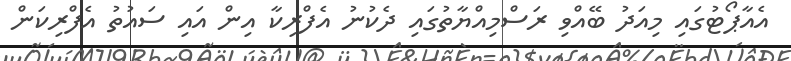
އެއާޕޯޓުގައި މިއަދު ބޭއްވި ރަސްމިއްޔާތުގައި ދެކުނު އެފްރިކާ އިން އައި ސައުތު އެފްރިކަން